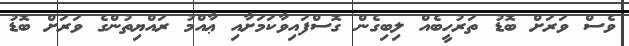
ވެސް ވަރަށް ބޮޑު ތަރުހީބެއް ލިބިގެން ގޮސްފައިވާކަމަށާއި ޢާއްމު ރައްޔިތުންގެ ވަރަށް ބޮޑު